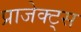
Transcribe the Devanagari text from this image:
प्राजेक्ट्स